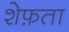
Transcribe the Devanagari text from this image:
शेफ़ता